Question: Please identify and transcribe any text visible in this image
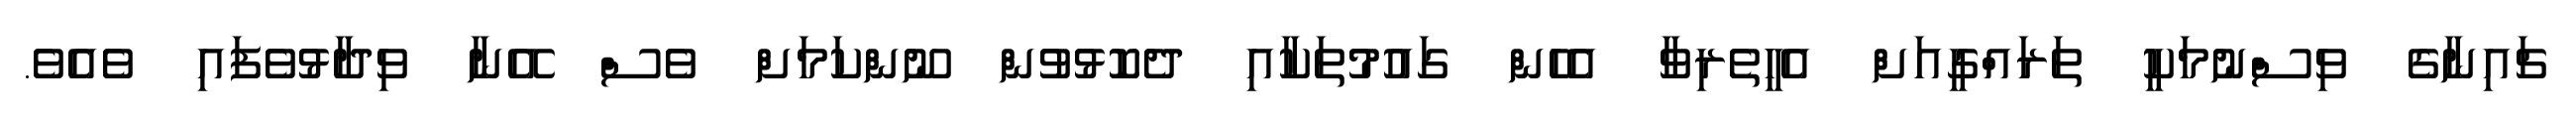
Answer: ޗައިނާގެ ވިސްނުމަކީ ތަރައްގީއަށް އެހީތެރިވާ އެހެން ގައުމުތަކާއި ދެކޮޅުވުން ނޫންކަމަށް ވެސް އޭނާ ވިދާޅުވެފައި ވެއެވެ.